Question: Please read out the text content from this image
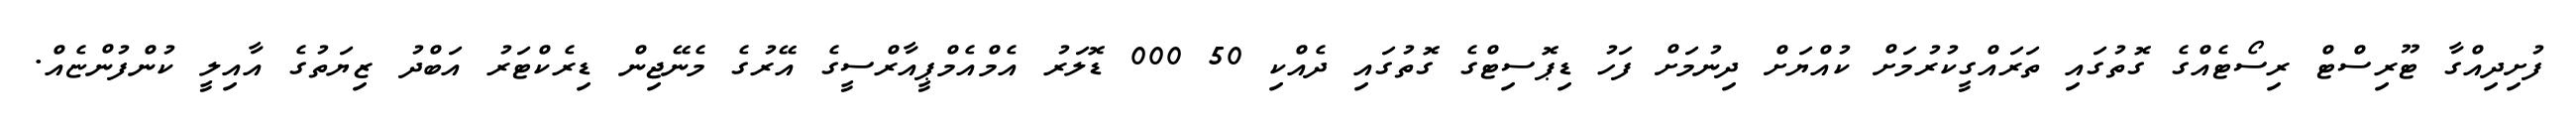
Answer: ފުށިދިއްގާ ޓޫރިސްޓް ރިސޯޓެއްގެ ގޮތުގައި ތަރައްގީކުރުމަށް ކުއްޔަށް ދިނުމަށް ފަހު ޑިޕޮސިޓްގެ ގޮތުގައި ދެއްކި 50 000 ޑޮލަރު އެމްއެމްޕީއާރްސީގެ އޭރުގެ މެނޭޖިން ޑިރެކްޓަރު އަބްދު ޒިޔަތުގެ އާއިލީ ކުންފުންޏެއް.